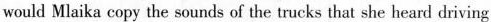
would Mlaika copy the sounds of the trucks that she heard driving